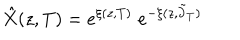
\hat { X } ( z , T ) = e ^ { \xi ( z , T ) } \; e ^ { - \xi ( z , \tilde { \partial } _ { T } ) }